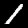
Digit: 1